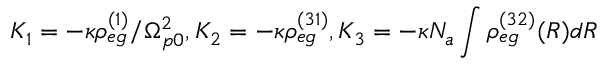
K _ { 1 } = - { \kappa \rho _ { e g } ^ { ( 1 ) } } / { \Omega _ { p 0 } ^ { 2 } } , K _ { 2 } = - \kappa \rho _ { e g } ^ { ( 3 1 ) } , K _ { 3 } = - \kappa N _ { a } \int \rho _ { e g } ^ { ( 3 2 ) } ( { R } ) d { R }